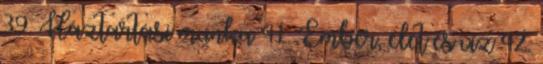
39. Háztartási munka 41. Ember, élet és víz 42.